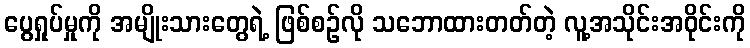
ပွေရှုပ်မှုကို အမျိုးသားတွေရဲ့ ဖြစ်စဉ်လို သဘောထားတတ်တဲ့ လူ့အသိုင်းအဝိုင်းကို